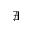
\nexists